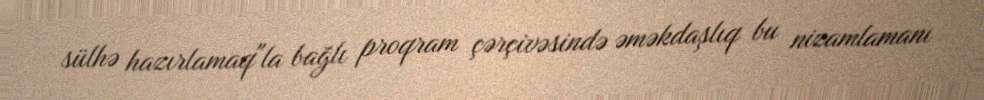
sülhə hazırlamaq"la bağlı proqram çərçivəsində əməkdaşlıq bu nizamlamanı